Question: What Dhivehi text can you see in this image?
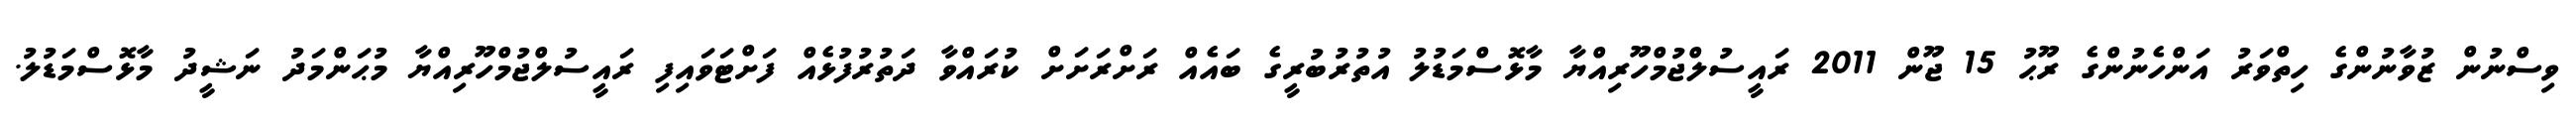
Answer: ވިސްނުން ޒުވާނުންގެ ހިތްވަރު އަންހެނުންގެ ރޫޙު 15 ޖޫން 2011 ރައީސުލްޖުމްހޫރިއްޔާ މާޅޮސްމަޑުލު އުތުރުބުރީގެ ބައެއް ރަށްރަށަށް ކުރައްވާ ދަތުރުފުޅެއް ފަށްޓަވައިފި ރައީސުލްޖުމްހޫރިއްޔާ މުޙަންމަދު ނަޝީދު މާޅޮސްމަޑުލު.